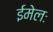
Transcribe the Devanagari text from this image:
ईमेलः